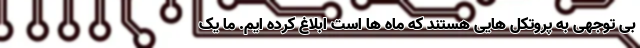
بی توجهی به پروتکل هایی هستند که ماه ها است ابلاغ کرده ایم. ما یک